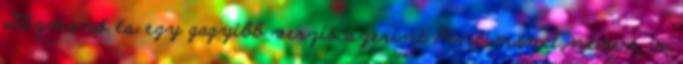
Tűzmanó és egy gagyibb verzió szerint Pancimanci néven is